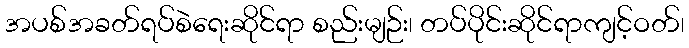
အပစ်အခတ်ရပ်စဲရေးဆိုင်ရာ စည်းမျဉ်း၊ တပ်ပိုင်းဆိုင်ရာကျင့်ဝတ်၊